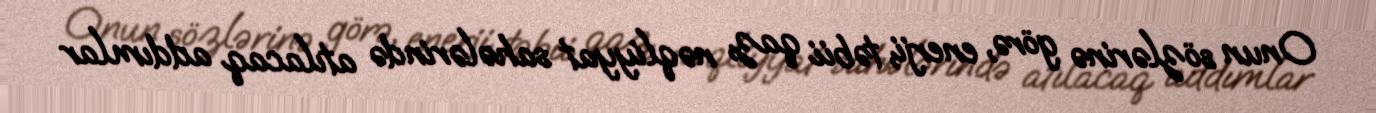
Onun sözlərinə görə, enerji, təbii qaz, nəqliyyat sahələrində atılacaq addımlar